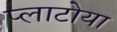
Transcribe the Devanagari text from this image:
प्लाटोया